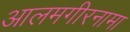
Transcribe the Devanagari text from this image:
आलमगीरनामा